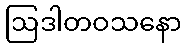
ဩဒါတဝသနော